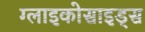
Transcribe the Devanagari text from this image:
ग्लाइकोसाइड्स